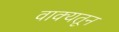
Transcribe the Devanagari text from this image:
वाक्यतून